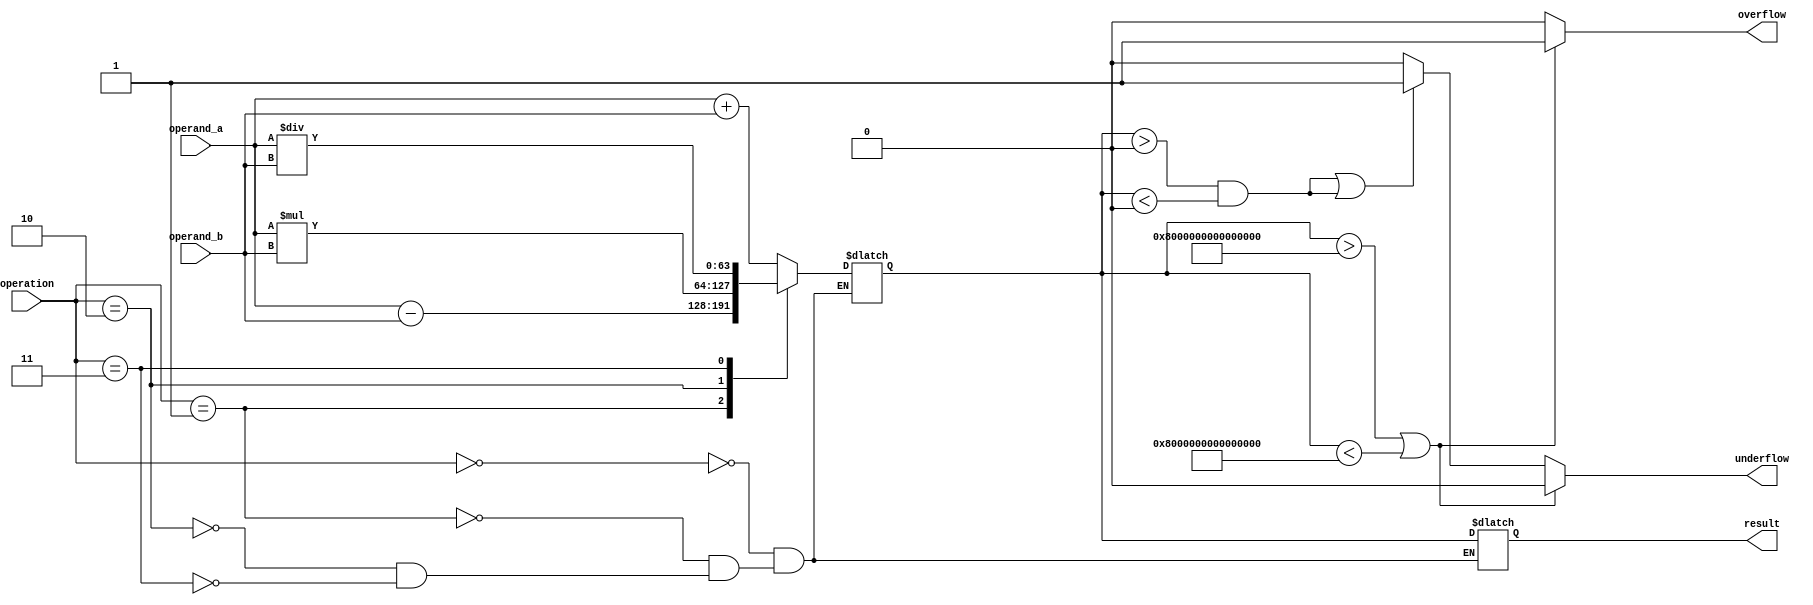
module double_precision_fpu (
input wire [63:0] operand_a,
input wire [63:0] operand_b,
input wire [2:0] operation,
output reg [63:0] result,
output reg overflow,
output reg underflow
);

// Define constants for operations
parameter ADD = 3'b000;
parameter SUB = 3'b001;
parameter MUL = 3'b010;
parameter DIV = 3'b011;

// Define internal registers for intermediate results
reg [63:0] intermediate_result;

// Arithmetic operations
always @* begin
case(operation)
ADD: intermediate_result = operand_a + operand_b;
SUB: intermediate_result = operand_a - operand_b;
MUL: intermediate_result = operand_a * operand_b;
DIV: intermediate_result = operand_a / operand_b;
endcase
end

// Overflow and underflow detection
always @* begin
if(intermediate_result > 2**63 - 1 || intermediate_result < -2**63) begin
overflow = 1;
underflow = 0;
end else if(intermediate_result > 0 && intermediate_result < 2**(-63) || intermediate_result < 0 && intermediate_result > -2**(-63)) begin
overflow = 0;
underflow = 1;
end else begin
overflow = 0;
underflow = 0;
end
end

// Assign result based on operation
always @* begin
case(operation)
ADD: result = intermediate_result;
SUB: result = intermediate_result;
MUL: result = intermediate_result;
DIV: result = intermediate_result;
endcase
end

endmodule